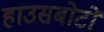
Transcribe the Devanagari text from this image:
हाउसबोटों